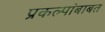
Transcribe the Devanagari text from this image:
प्रकल्पांबाबत